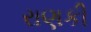
રાણકી